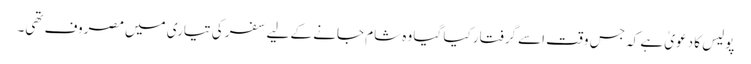
پولیس کا دعویٰ ہے کہ جس وقت اسے گرفتار کیا گیا وہ شام جانے کے لیے سفر کی تیاری میں مصروف تھی۔